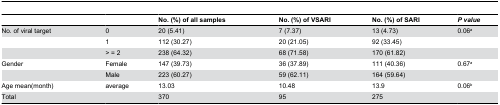
<table><thead><tr><td>[EMPTY_CELL]</td><td>[EMPTY_CELL]</td><td><b>No. (%) of all samples</b></td><td><b>No. (%) of VSARI</b></td><td><b>No. (%) of SARI</b></td><td><b><i>P</i><i></i><i>value</i></b></td></tr></thead><tbody><tr><td>No. of viral target</td><td>0</td><td>20 (5.41)</td><td>7 (7.37)</td><td>13 (4.73)</td><td>0.06<sup>a</sup></td></tr><tr><td>[EMPTY_CELL]</td><td>1</td><td>112 (30.27)</td><td>20 (21.05)</td><td>92 (33.45)</td><td>[EMPTY_CELL]</td></tr><tr><td>[EMPTY_CELL]</td><td>&gt; = 2</td><td>238 (64.32)</td><td>68 (71.58)</td><td>170 (61.82)</td><td>[EMPTY_CELL]</td></tr><tr><td>Gender</td><td>Female</td><td>147 (39.73)</td><td>36 (37.89)</td><td>111 (40.36)</td><td>0.67<sup><i>a</i></sup></td></tr><tr><td>[EMPTY_CELL]</td><td>Male</td><td>223 (60.27)</td><td>59 (62.11)</td><td>164 (59.64)</td><td>[EMPTY_CELL]</td></tr><tr><td>Age mean(month)</td><td>average</td><td>13.03</td><td>10.48</td><td>13.9</td><td>0.06<sup><i>b</i></sup></td></tr><tr><td>Total</td><td>[EMPTY_CELL]</td><td>370</td><td>95</td><td>275</td><td>[EMPTY_CELL]</td></tr></tbody></table>